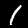
Digit: 1